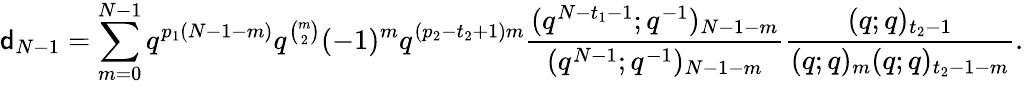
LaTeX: \mathsf{d}_{N-1}=\sum_{m=0}^{N-1}q^{p_{1}(N-1-m)}q^{\binom m2}(-1)^{m}q^{(p_{2}-t_{2}+1)m}\frac{(q^{N-t_{1}-1};q^{-1})_{N-1-m}}{(q^{N-1};q^{-1})_{N-1-m}}\frac{(q;q)_{t_{2}-1}}{(q;q)_{m}(q;q)_{t_{2}-1-m}}.